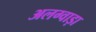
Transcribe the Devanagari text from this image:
अलग्वाड़ा